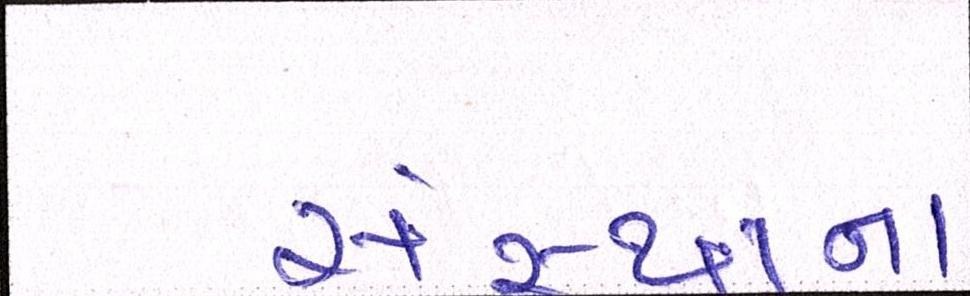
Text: સંસ્થાના